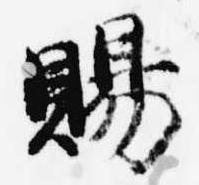
賜